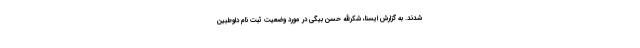
شدند. به گزارش ایسنا، شکرالله حسن بیگی در مورد وضعیت ثبت نام داوطبین